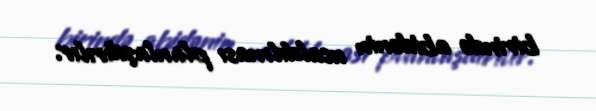
birində abidənin ucaldılması planlaşdırılır.